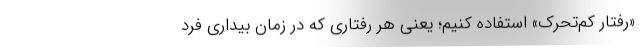
«رفتار کم‌تحرک» استفاده کنیم؛ یعنی هر رفتاری که در زمان بیداری فرد